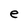
Character: e